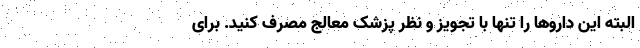
البته این داروها را تنها با تجویز و نظر پزشک معالج مصرف کنید. برای